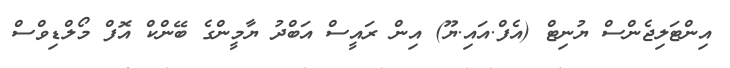
އިންޓަލިޖެންސް ޔުނިޓް (އެފް.އައި.ޔޫ) އިން ރައީސް އަބްދު ޔާމީންގެ ބޭންކް އޮފް މޯލްޑިވްސް